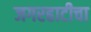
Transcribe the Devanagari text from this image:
जगरहाटीचा